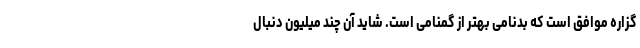
گزاره موافق است که بدنامی بهتر از گمنامی است. شاید آن چند میلیون دنبال